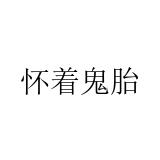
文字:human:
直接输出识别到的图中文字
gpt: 怀着鬼胎